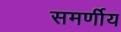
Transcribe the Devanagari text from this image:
समर्णीय